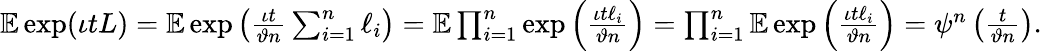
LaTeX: \begin{array}{r}{\mathbb{E}\exp(\iota tL)=\mathbb{E}\exp\left(\frac{\iota t}{\vartheta n}\sum_{i=1}^{n}\ell_{i}\right)=\mathbb{E}\prod_{i=1}^{n}\exp\left(\frac{\iota t\ell_{i}}{\vartheta n}\right)=\prod_{i=1}^{n}\mathbb{E}\exp\left(\frac{\iota t\ell_{i}}{\vartheta n}\right)=\psi^{n}\left(\frac{t}{\vartheta n}\right).}\end{array}